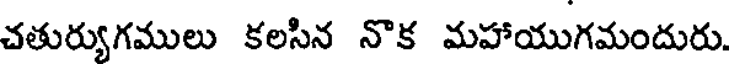
చతుర్యుగములు కలసిన నొక మహాయుగమందురు.